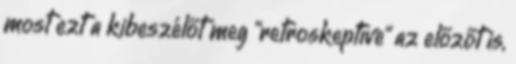
most ezt a kibeszélőt meg “retroskeptíve” az előzőt is,